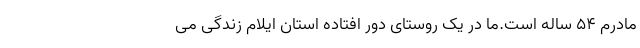
مادرم ۵۴ ساله است.ما در یک روستای دور افتاده استان ایلام زندگی می